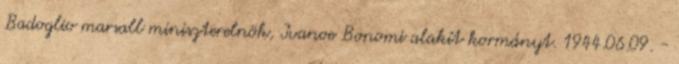
Badoglio marsall miniszterelnök, Ivanoe Bonomi alakít kormányt. 1944.06.09. -